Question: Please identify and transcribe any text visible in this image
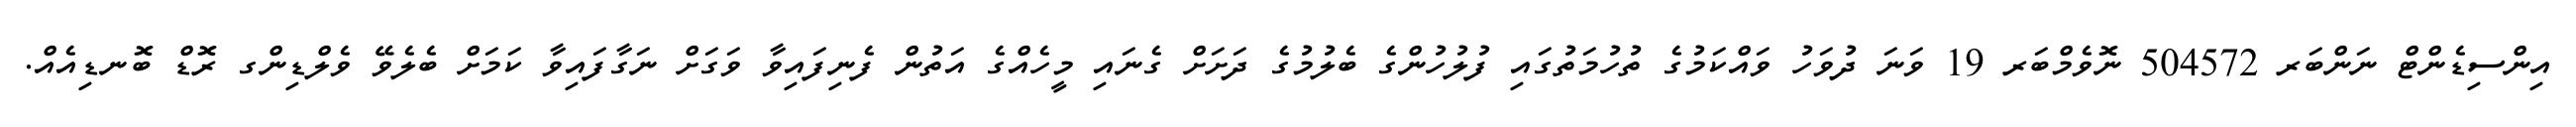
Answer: އިންސިޑެންޓް ނަންބަރ 504572 ނޮވެމްބަރ 19 ވަނަ ދުވަހު ވައްކަމުގެ ތުހުމަތުގައި ފުލުހުންގެ ބެލުމުގެ ދަށަށް ގެނައި މީހެއްގެ އަތުން ފެނިފައިވާ ވަގަށް ނަގާފައިވާ ކަމަށް ބެލެވޭ ވެލްޑިންގ ރޮޑް ބޮނޑިއެއް.